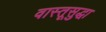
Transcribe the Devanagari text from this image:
वास्तूसुद्धा